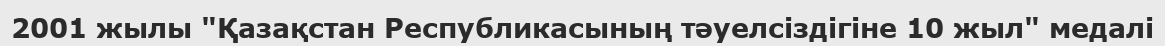
2001 жылы "Қазақстан Республикасының тәуелсіздігіне 10 жыл" медалі